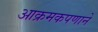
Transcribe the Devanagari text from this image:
आक्रमकपणाने